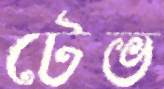
টেভ